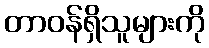
တာဝန်ရှိသူများကို